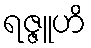
ရဇ္ဇူဟိ